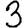
Digit: 3